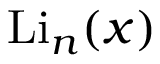
\operatorname { L i } _ { n } ( x )